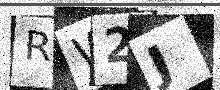
Text: RW2J